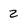
Character: 2